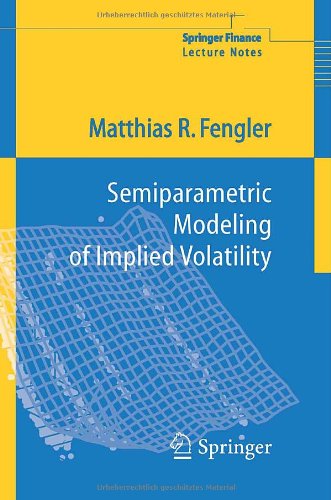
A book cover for Semiparametric Modeling of Implied Volatility (Springer Finance); Matthias R. Fengler; Science & Math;